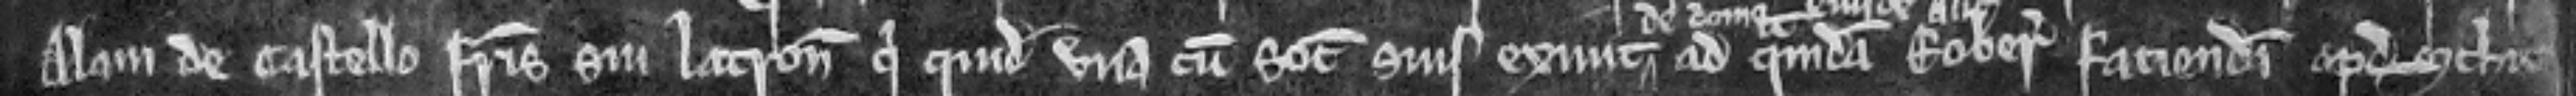
Alani de Castello fratris sui latronis qui quidem una cum sociis suis exivit ad quamdam roberiam faciendam apud Schit